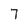
Character: 7